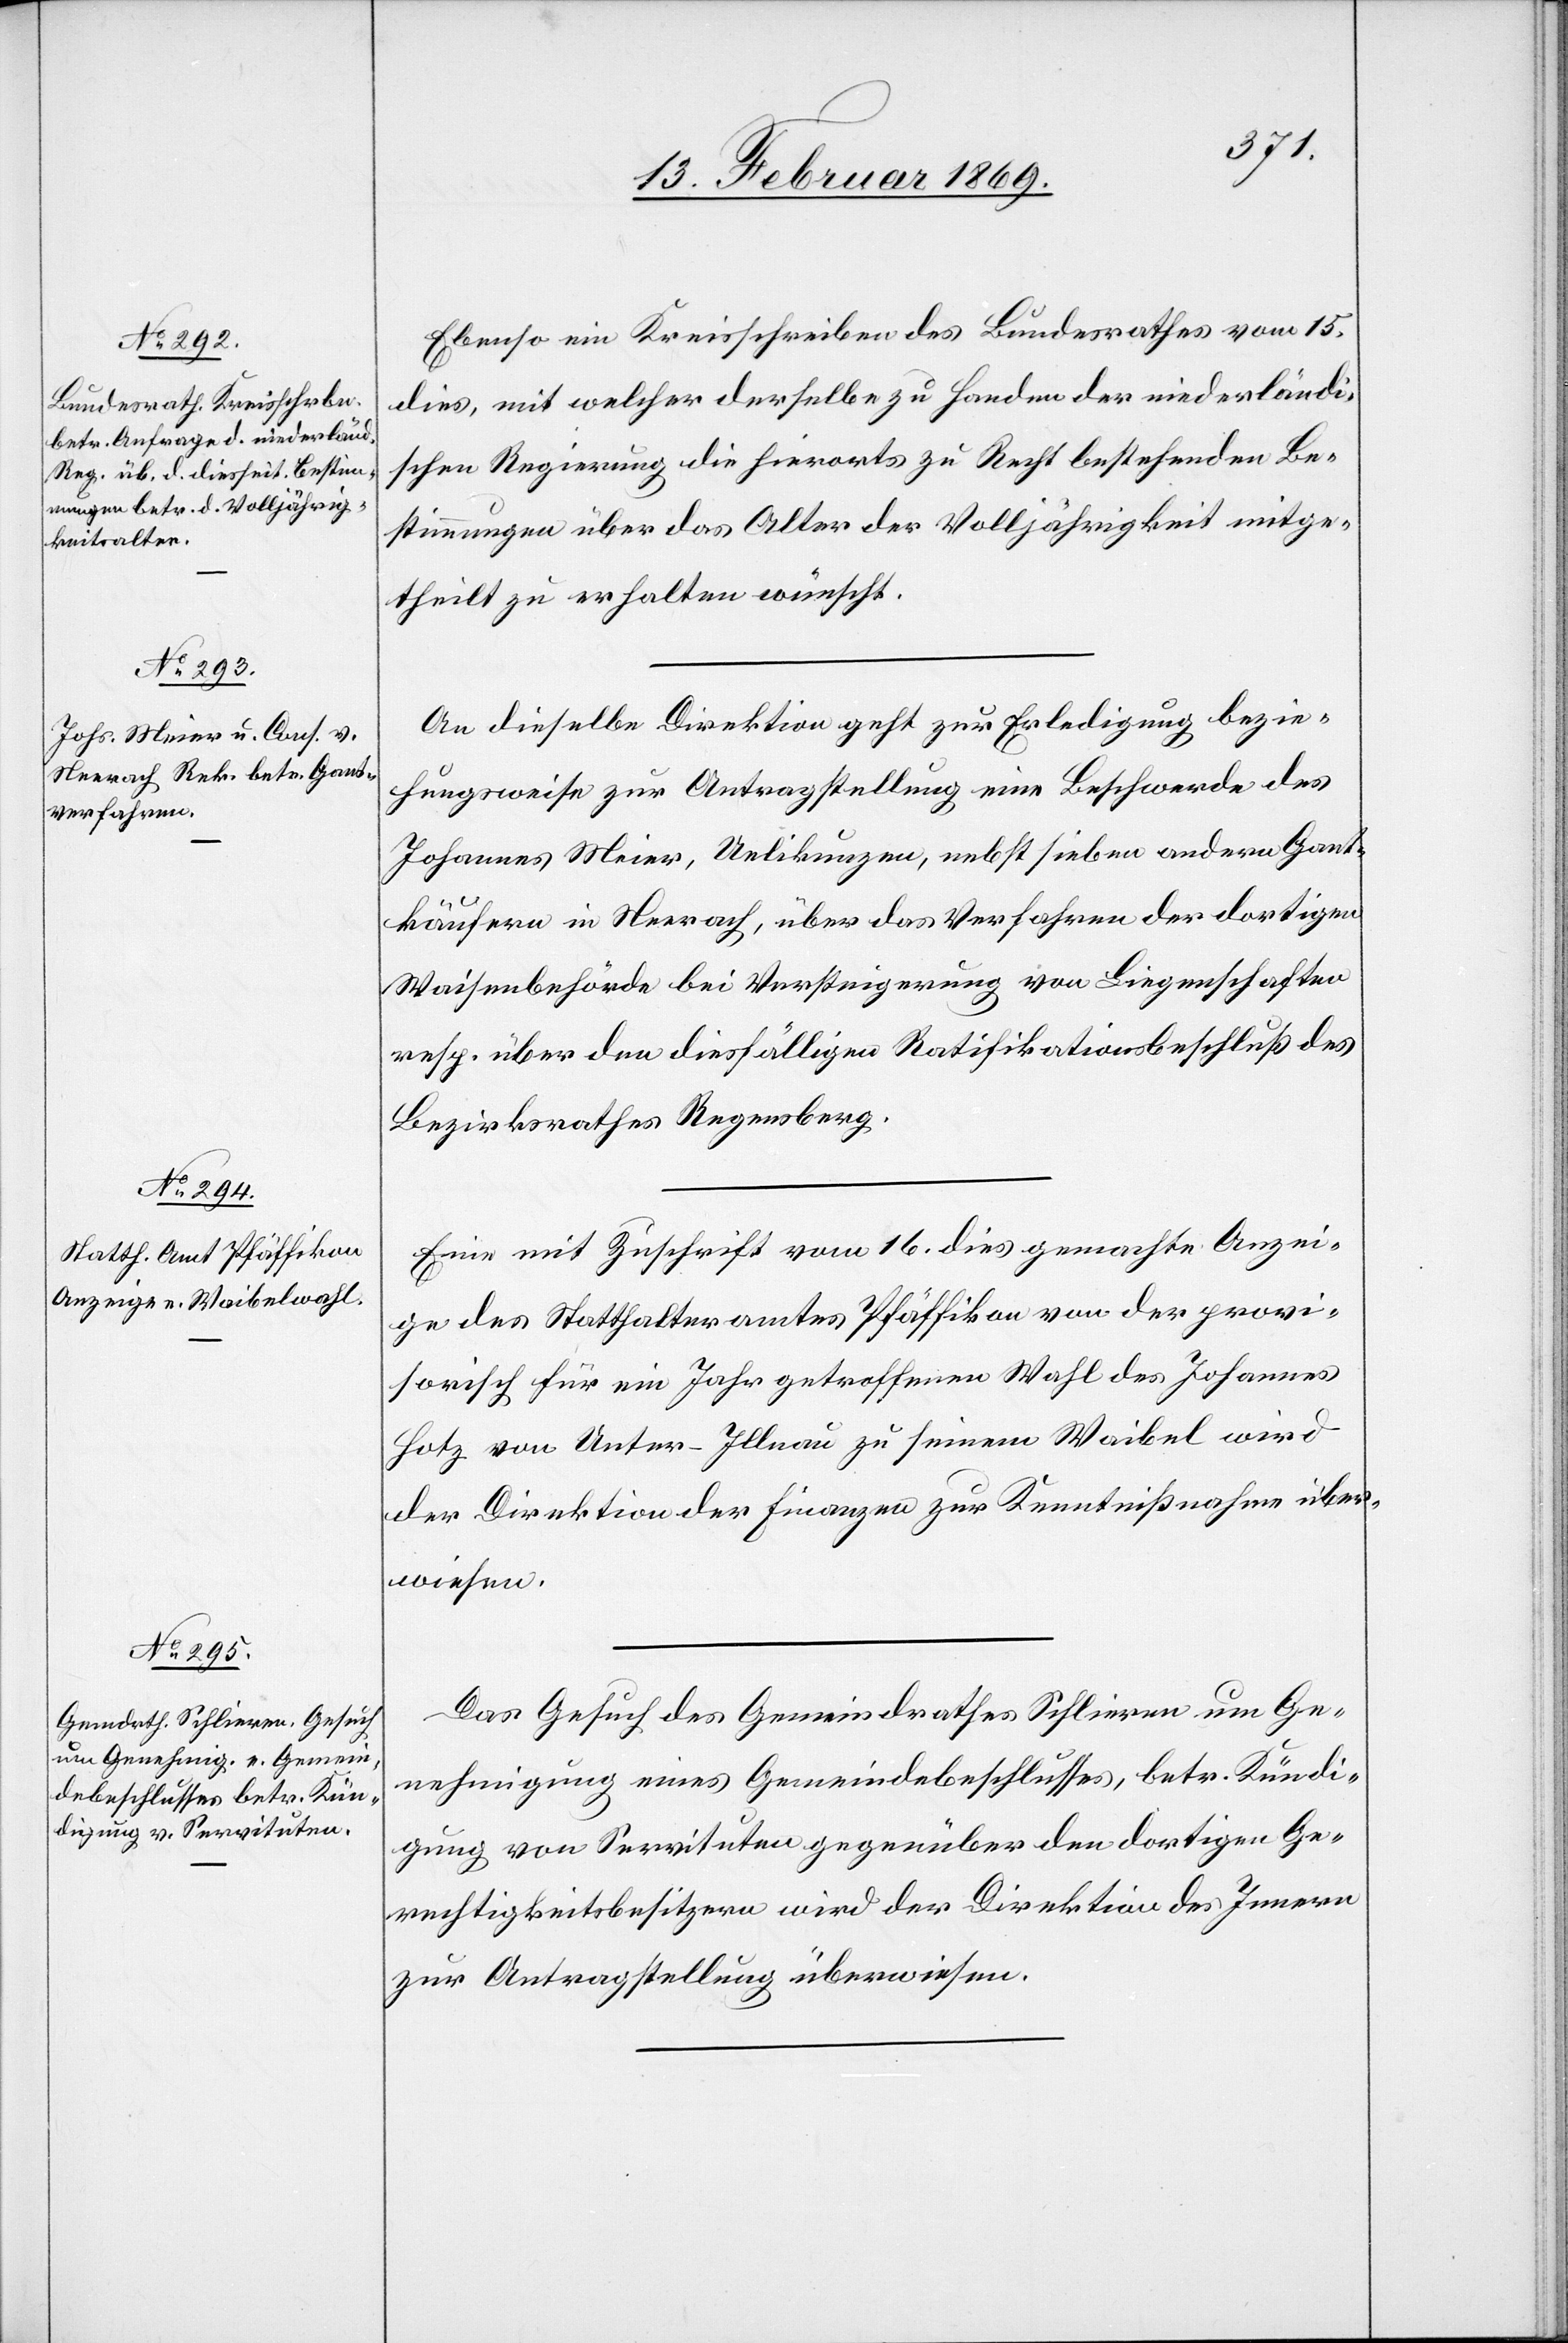
18. Februar 1869.]
Ebenso ein Kreisschreiben des Bundesrathes vom 15.
dies, mit welcher derselbe zu Handen der niederländi¬
schen Regierung die hierorts zu Recht bestehenden Be¬
stimmungen über das Alter der Volljährigkeit mitge¬
theilt zu erhalten wünscht.
An dieselbe Direktion geht zur Erledigung bezie¬
hungsweise zur Antragstellung eine Beschwerde des
Johannes Meier, Uelikunzen, nebst sieben andern Gant¬
käufern in Neerach, über das Verfahren der dortigen
Waisenbehörde bei Versteigerung von Liegenschaften
resp. über den diesfälligen Ratifikationsbeschluß des
Bezirksrathes Regensberg.
Eine mit Zuschrift vom 16. dies gemachte Anzei¬
ge des Statthalteramtes Pfäffikon von der provi¬
sorisch für ein Jahr getroffenen Wahl des Johannes
Hotz von Unter-Illnau zu seinem Waibel wird
der Direktion der Finanzen zur Kenntnißnahme über¬
wiesen.
Das Gesuch des Gemeindrathes Schlieren um Ge¬
nehmigung eines Gemeindsbeschlusses, betr. Kündi¬
gung von Servituten gegenüber den dortigen Ge¬
rechtigkeitsbesitzern wird der Direktion des Innern
zur Antragstellung überwiesen.